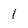
Character: 1